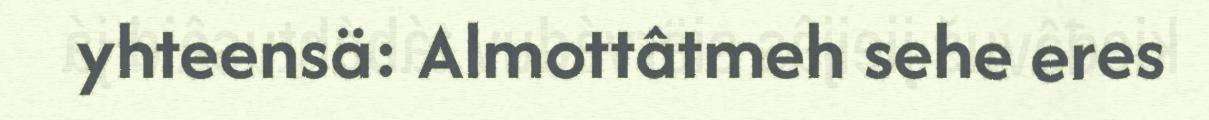
yhteensä: Almottâtmeh sehe eres